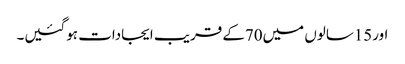
اور15سالوں میں70کے قریب ایجادات ہوگئیں۔